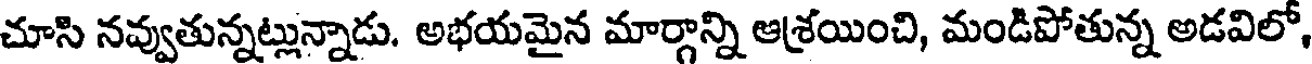
చూసి నవ్వుతున్నట్లున్నాడు. అభయమైన మార్గాన్ని ఆశ్రయించి, మండిపోతున్న అడవిలో,